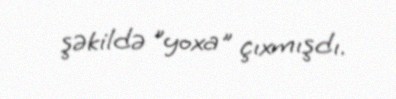
şəkildə "yoxa" çıxmışdı.